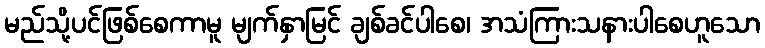
မည်သို့ပင်ဖြစ်စေကာမူ မျက်နှာမြင် ချစ်ခင်ပါစေ၊ အသံကြားသနားပါစေဟူသော